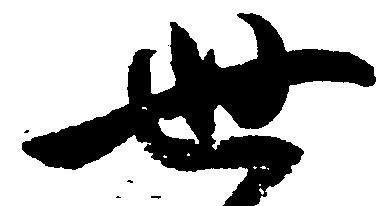
世